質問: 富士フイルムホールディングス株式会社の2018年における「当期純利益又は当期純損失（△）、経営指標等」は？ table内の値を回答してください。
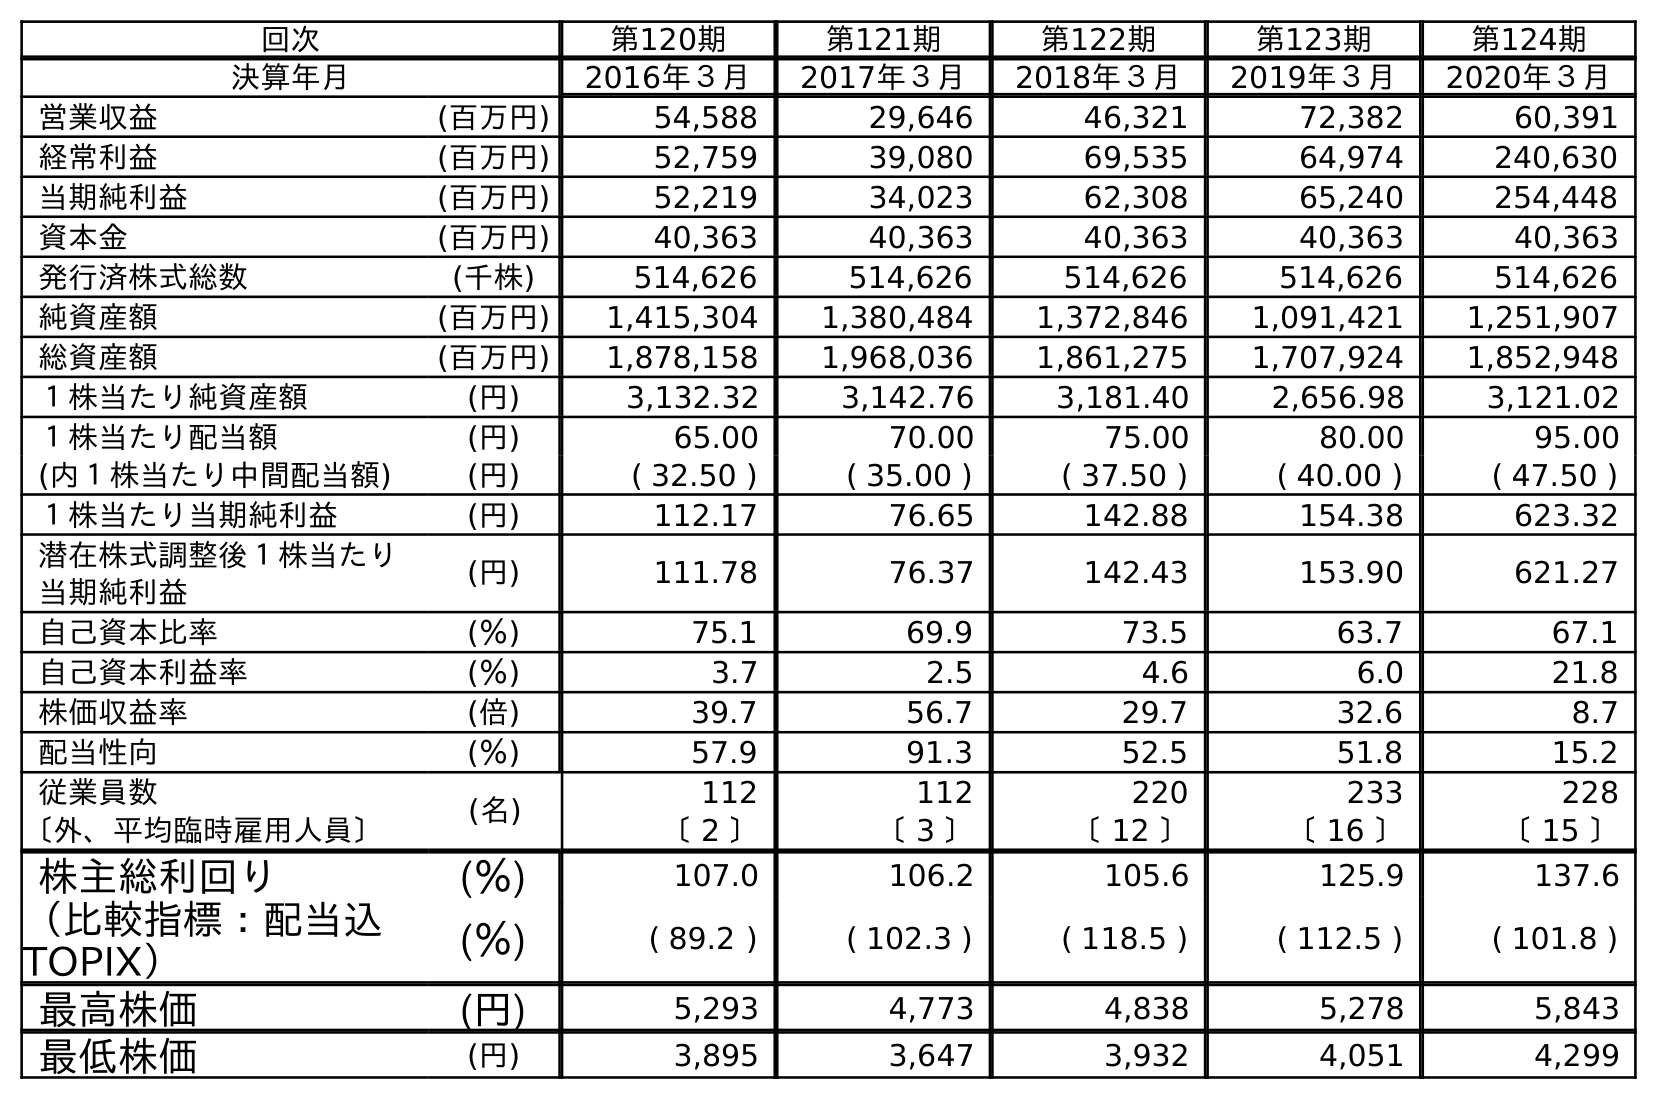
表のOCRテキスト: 回次 第120期 第121期 第122期 第123期 第124期 決算年月 2016年３月 2017年３月 2018年３月 2019年３月 2020年３月 営業収益 (百万円) 54,588 29,646 46,321 72,382 60,391 経常利益 (百万円) 52,759 39,080 69,535 64,974 240,630 当期純利益 (百万円) 52,219 34,023 62,308 65,240 254,448 資本金 (百万円) 40,363 40,363 40,363 40,363 40,363 発行済株式総数 (千株) 514,626 514,626 514,626 514,626 514,626 純資産額 (百万円) 1,415,304 1,380,484 1,372,846 1,091,421 1,251,907 総資産額 (百万円) 1,878,158 1,968,036 1,861,275 1,707,924 1,852,948 １株当たり純資産額 (円) 3,132.32 3,142.76 3,181.40 2,656.98 3,121.02 １株当たり配当額 (円) 65.00 70.00 75.00 80.00 95.00 (内１株当たり中間配当額) (円) ( 32.50 ) ( 35.00 ) ( 37.50 ) ( 40.00 ) ( 47.50 ) １株当たり当期純利益 (円) 112.17 76.65 142.88 154.38 623.32 潜在株式調整後１株当たり 当期純利益 (円) 111.78 76.37 142.43 153.90 621.27 自己資本比率 (％) 75.1 69.9 73.5 63.7 67.1 自己資本利益率 (％) 3.7 2.5 4.6 6.0 21.8 株価収益率 (倍) 39.7 56.7 29.7 32.6 8.7 配当性向 (％) 57.9 91.3 52.5 51.8 15.2 従業員数 (名) 112 112 220 233 228 〔外、平均臨時雇用人員〕 〔 2 〕 〔 3 〕 〔 12 〕 〔 16 〕 〔 15 〕 株主総利回り (％) 107.0 106.2 105.6 125.9 137.6 （比較指標：配当込 TOPIX） (％) ( 89.2 ) ( 102.3 ) ( 118.5 ) ( 112.5 ) ( 101.8 ) 最高株価 (円) 5,293 4,773 4,838 5,278 5,843 最低株価 (円) 3,895 3,647 3,932 4,051 4,299
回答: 62,308